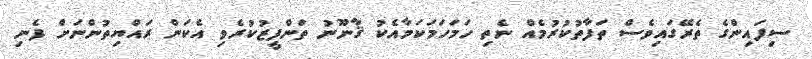
ސިފައިންގެ ތެރޭގައިވެސް ތަފާތުކުރުމެއް ނެތި ހަމަހަމަކަމާއެކު ޤާނޫނު ތަންފީޒުކުރެވި އެކަން ރައްޔިތުންނަށް ފެނި